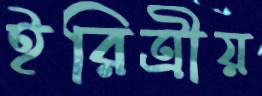
ইরিত্রীয়